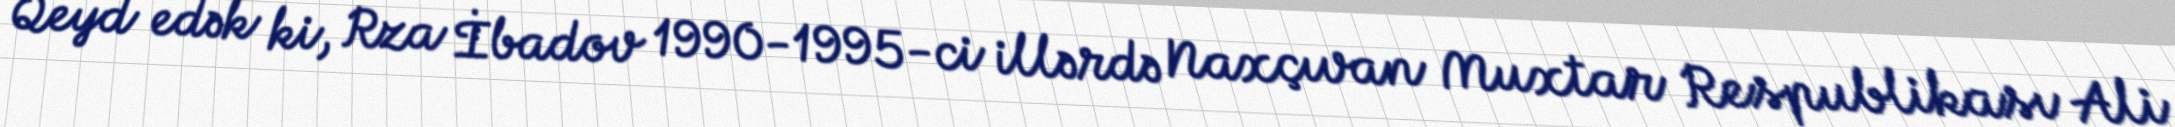
Qeyd edək ki, Rza İbadov 1990-1995-ci illərdə Naxçıvan Muxtar Respublikası Ali